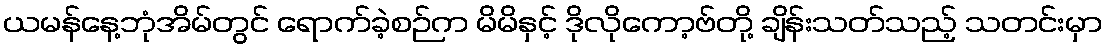
ယမန်နေ့ဘုံအိမ်တွင် ရောက်ခဲ့စဉ်က မိမိနှင့် ဒိုလိုကော့ဗ်တို့ ချိန်းသတ်သည့် သတင်းမှာ